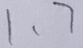
1 、 7